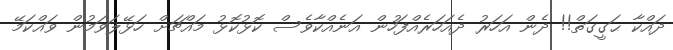
ދައްކާ ޙަގީގަތް!! ދެން އަހަރު ދެއަހަރެއްފަހުން އަނެއްކާވެސް ކޮޅުކޮޅު މައްޗަށް ހަޅޭލަވަމުން ވައްކަމޭ